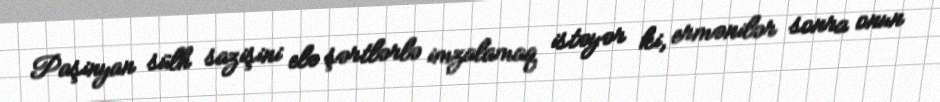
Paşinyan sülh sazişini elə şərtlərlə imzalamaq istəyər ki, ermənilər sonra onun